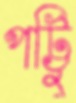
পট্টিু